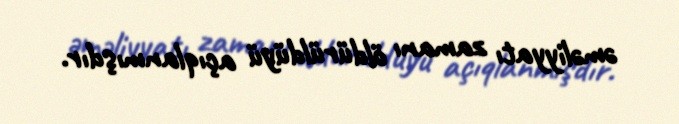
əməliyyatı zamanı öldürüldüyü açıqlanmışdır.